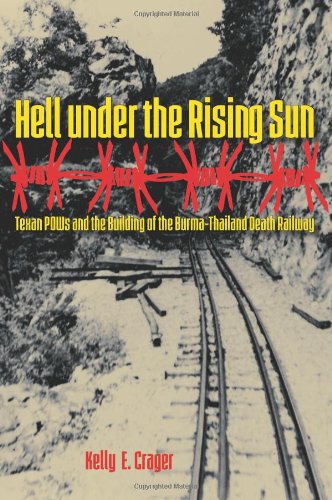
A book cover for Hell under the Rising Sun: Texan POWs and the Building of the Burma-Thailand Death Railway (Williams-Ford Texas A&M University Military History Series); Kelly E. Crager; History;